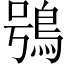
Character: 鴞